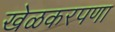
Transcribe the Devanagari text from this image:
खेळकरपणा